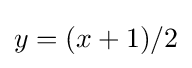
y=(x+1)/2